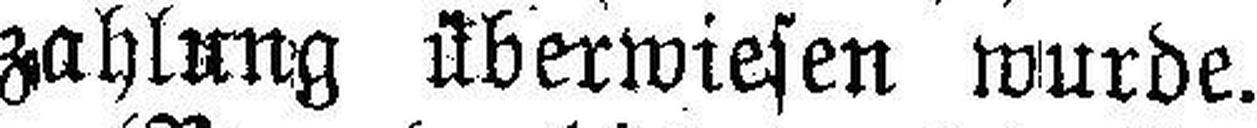
zahlung überwiesen wurde.